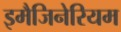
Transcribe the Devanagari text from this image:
इमैजिनेरियम